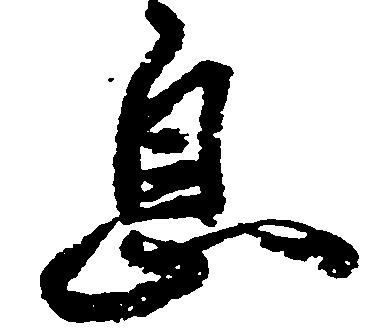
息